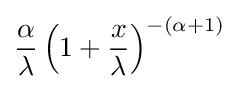
{\alpha  \over \lambda }\left(1+{\frac {x}{\lambda }}\right)^{-(\alpha +1)}